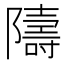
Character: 隯